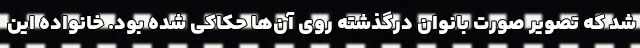
شد که تصویر صورت بانوان درگذشته روی آن‌ها حکاکی شده بود. خانواده این